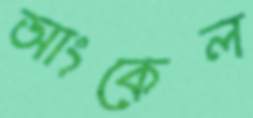
আংকেল